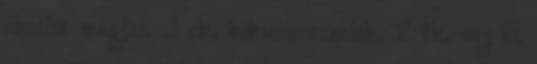
vanília magjai, 3 ek. kókuszreszelék, 2 tk. vaj és